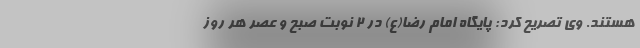
هستند. وی تصریح کرد: پایگاه امام رضا(ع) در ۲ نوبت صبح و عصر هر روز